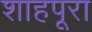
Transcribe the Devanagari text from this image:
शाहपूरा